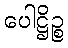
ပေါဋ္ဌိဉ္စ